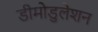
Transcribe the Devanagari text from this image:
डीमोडुलेशन